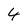
Character: 4